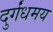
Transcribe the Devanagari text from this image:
दुर्गंधमय